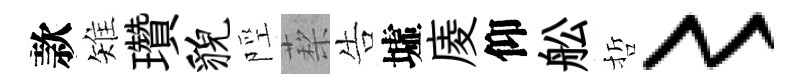
款雉瓚貌陘蔾告墟庱仰舩哲〻